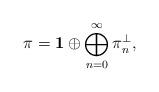
LaTeX: \begin{align*}\pi={\bf 1}\oplus \bigoplus_{n=0}^{\infty}\pi_n^{\perp},\end{align*}